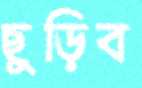
ছুড়িব